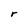
Character: r